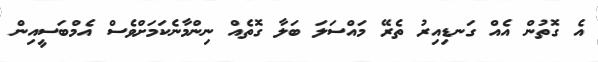
އެ ގޮތުން އެއް ގަނޑިއިރު ތެރޭ މައްސަލަ ބަލާ ގޮތެއް ނިިންމާނެކަމަށްވެސް އެމްބަސީއިން